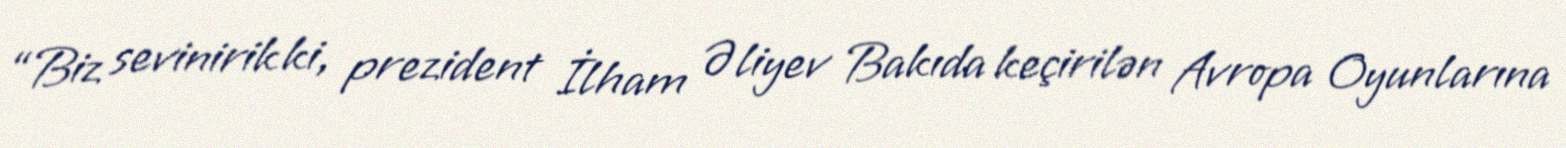
“Biz sevinirik ki, prezident İlham Əliyev Bakıda keçirilən Avropa Oyunlarına